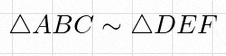
\triangle ABC\sim\triangle DEF